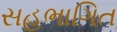
સહભાગિત